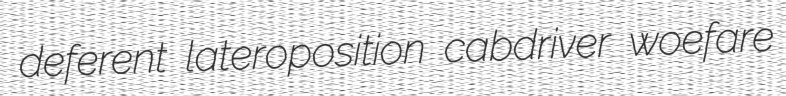
deferent lateroposition cabdriver woefare